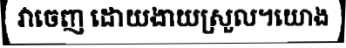
វាចេញ ដោយងាយស្រួល។យោង